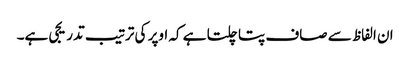
ان الفاظ سے صاف پتا چلتا ہے کہ اوپر کی ترتیب تدریجی ہے۔